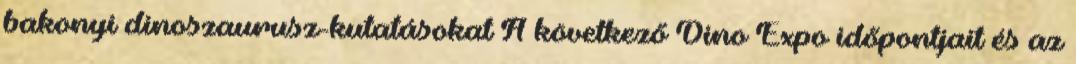
bakonyi dinoszaurusz-kutatásokat A következő Dino Expo időpontjait és az